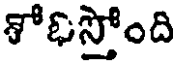
శోభస్తోంది